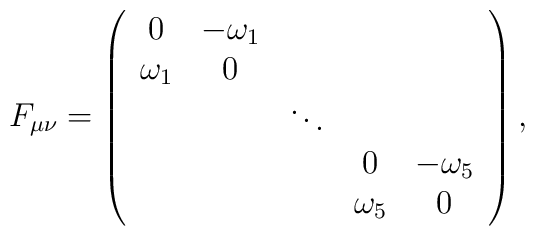
F_{\mu\nu}=\left( \begin{array}{ccccc} 0 & -\omega_1 & & & \\ \omega_1 &0& & & \\  & &\ddots & & \\ &&&0 & -\omega_5  \\ &&&\omega_5 &0 \\ \end{array} \right),